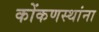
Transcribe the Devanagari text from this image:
कोंकणस्थांना